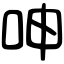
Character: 呻